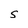
Character: S